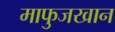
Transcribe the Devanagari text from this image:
माफुजखान